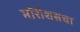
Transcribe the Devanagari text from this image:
मॉरीशसचा